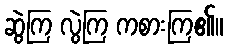
ဆွဲကြ လွဲကြ ကစားကြ၏။